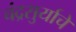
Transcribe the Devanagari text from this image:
चंद्रसुर्याचे